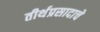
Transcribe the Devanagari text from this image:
तीर्थप्रसादाचे